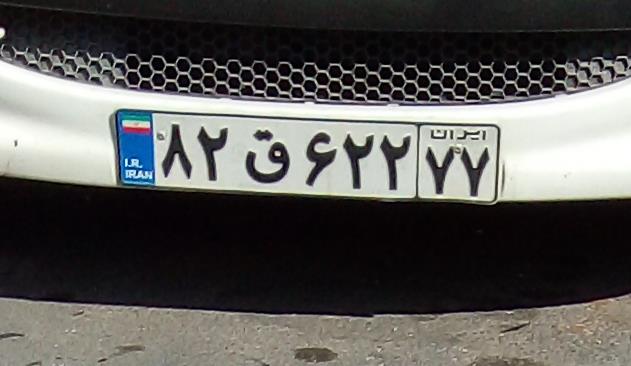
۸۲ق۶۲۲۷۷